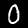
Digit: 0